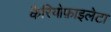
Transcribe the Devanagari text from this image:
कैरियोफ़ाइलेटा